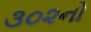
૩૦૨નો